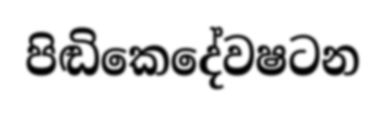
පිඬිකෙදේවෂටන